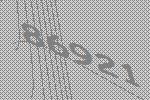
86921